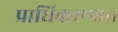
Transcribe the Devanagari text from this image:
प्राधिकरणात